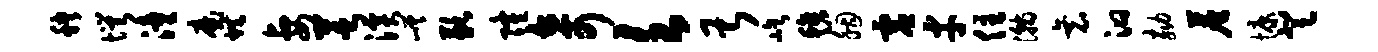
秧愕潼魔烘妻芝溪嵯歉隆奇欠甚屹毡胭虚才住瀚衰汩劾尘慷登